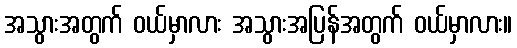
အသွားအတွက် ဝယ်မှာလား အသွားအပြန်အတွက် ဝယ်မှာလား။